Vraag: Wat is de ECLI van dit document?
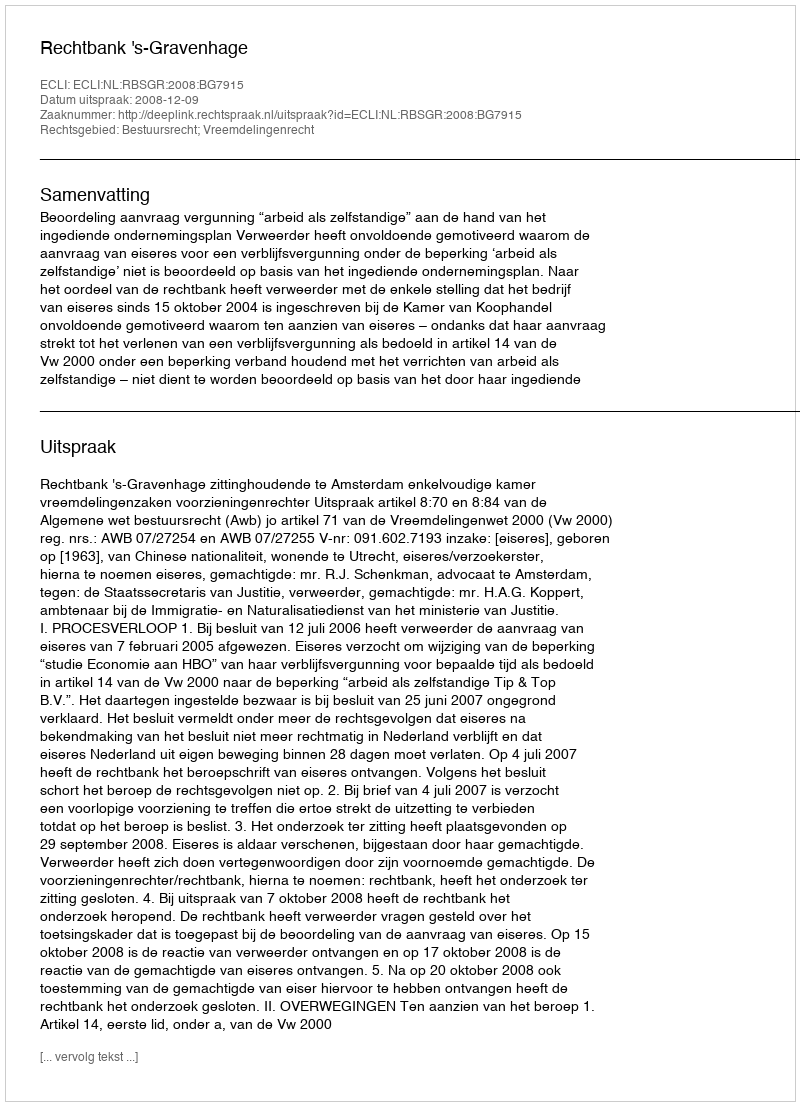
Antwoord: ECLI:NL:RBSGR:2008:BG7915